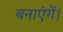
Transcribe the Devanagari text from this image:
बनाएंगें।